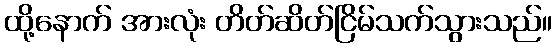
ထို့နောက် အားလုံး တိတ်ဆိတ်ငြိမ်သက်သွားသည်။